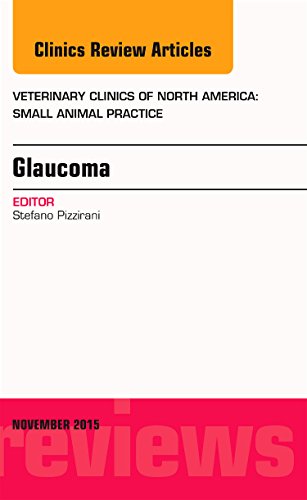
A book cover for Glaucoma, An Issue of Veterinary Clinics of North America: Small Animal Practice, 1e (The Clinics: Veterinary Medicine); Stefano Pizzirani; Medical Books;